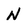
Character: N